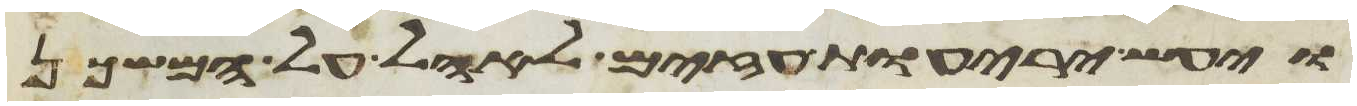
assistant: ויעש יריעות עזים לאהל על המשכן